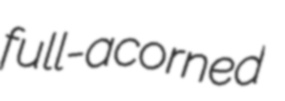
full-acorned